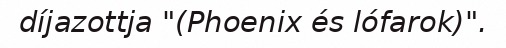
díjazottja "(Phoenix és lófarok)".